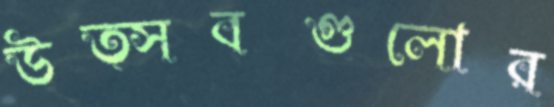
উত্সবগুলোর